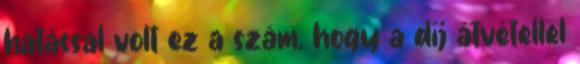
hatással volt ez a szám, hogy a díj átvétellel